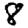
Digit: 8